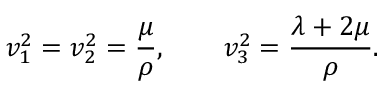
v _ { 1 } ^ { 2 } = v _ { 2 } ^ { 2 } = \frac \mu \rho , \qquad v _ { 3 } ^ { 2 } = \frac { \lambda + 2 \mu } \rho .